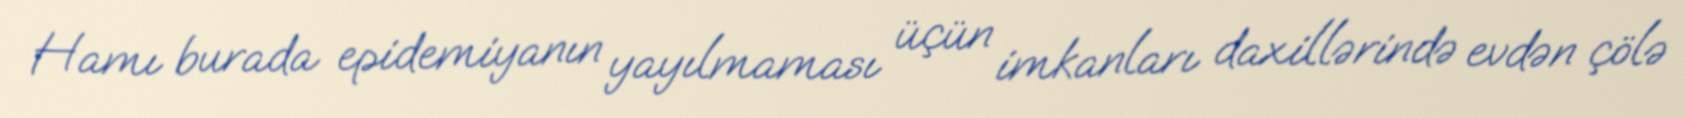
Hamı burada epidemiyanın yayılmaması üçün imkanları daxillərində evdən çölə